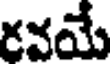
రవయే